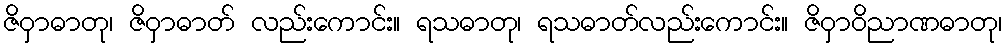
ဇိဝှာဓာတု၊ ဇိဝှာဓာတ် လည်းကောင်း။ ရသဓာတု၊ ရသဓာတ်လည်းကောင်း။ ဇိဝှာဝိညာဏဓာတု၊